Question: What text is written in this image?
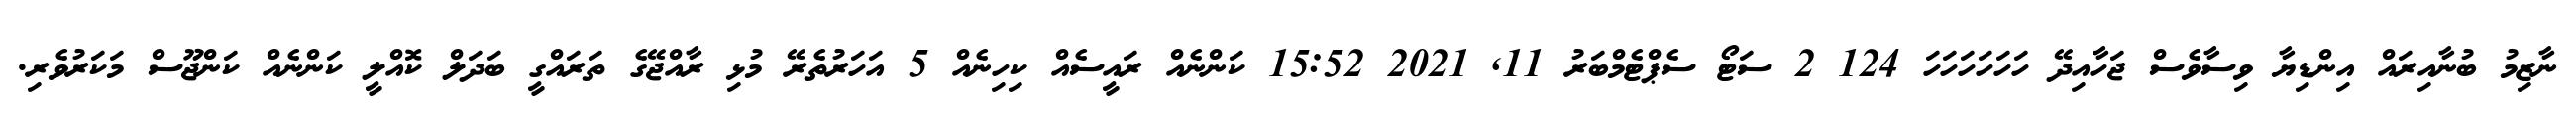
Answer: ނާޒިމު ބުނާއިރައް އިންޑިޔާ ވިސާވެސް ޖަހާއިދޭ ހަހަހަހަހަހަ 124 2 ސަޓޯ ސެޕްޓެމްބަރު 11, 2021 15:52 ކަންނެއް ރައީސެއް ކިހިނެއް 5 އަހަރުތެރޭ މުޅި ރާއްޖޭގެ ތަރައްގީ ބަދަލް ކޮއްލީ ކަންނެއް ކަންޖޫސް މަކަރުވެރި.